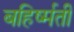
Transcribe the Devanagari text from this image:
बहिर्ष्मती